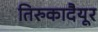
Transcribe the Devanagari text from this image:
तिरुकादैयूर